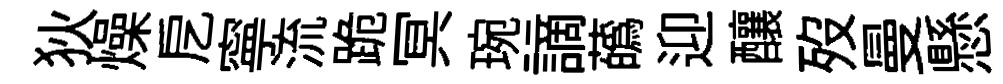
狄燥戹寧流跪冥琬謫蘤迎釀歿曼懸